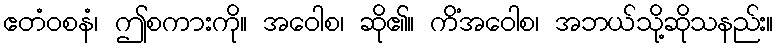
ဧတံဝစနံ၊ ဤစကားကို။ အဝေါစ၊ ဆို၏။ ကိံအဝေါစ၊ အဘယ်သို့ဆိုသနည်း။